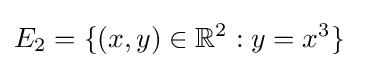
E_{2}=\{(x,y)\in \mathbb {R} ^{2}:y=x^{3}\}\